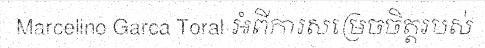
Marcelino Garca Toral អំពីការសម្រេចចិត្តរបស់